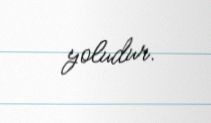
yoludur.